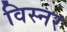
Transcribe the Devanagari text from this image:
विस्नर